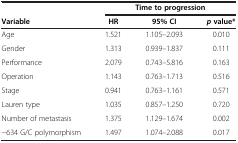
<table><thead><tr><td><b> </b></td><td colspan="3"><b>Time to progression</b></td></tr></thead><tbody><tr><td><b>Variable</b></td><td><b>HR</b></td><td><b>95% CI</b></td><td><b><i>p </i></b><b>value*</b></td></tr><tr><td>Age</td><td>1.521</td><td>1.105–2.093</td><td>0.010</td></tr><tr><td>Gender</td><td>1.313</td><td>0.939–1.837</td><td>0.111</td></tr><tr><td>Performance</td><td>2.079</td><td>0.743–5.816</td><td>0.163</td></tr><tr><td>Operation</td><td>1.143</td><td>0.763–1.713</td><td>0.516</td></tr><tr><td>Stage</td><td>0.941</td><td>0.763–1.161</td><td>0.571</td></tr><tr><td>Lauren type</td><td>1.035</td><td>0.857–1.250</td><td>0.720</td></tr><tr><td>Number of metastasis</td><td>1.375</td><td>1.129–1.674</td><td>0.002</td></tr><tr><td>−634 G/C polymorphism</td><td>1.497</td><td>1.074–2.088</td><td>0.017</td></tr></tbody></table>